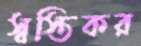
স্বস্তিকর